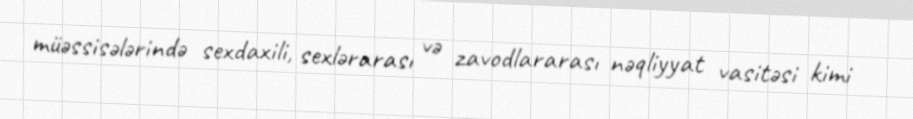
müəssisələrində sexdaxili, sexlərarası və zavodlararası nəqliyyat vasitəsi kimi